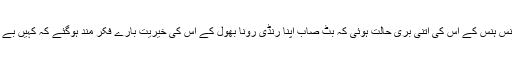
راوی بیان کرتا ہے کہ ہنس ہنس کے اس کی اتنی بری حالت ہوئی کہ بٹ صاب اپنا رنڈی رونا بھول کے اس کی خیریت بارے فکر مند ہوگئے کہ کہیں بے چارا پاگل تو نہیں ہوگیا ۔